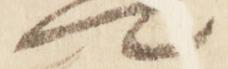
卿